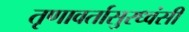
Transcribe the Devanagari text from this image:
तृणावर्तासुरध्वंसी